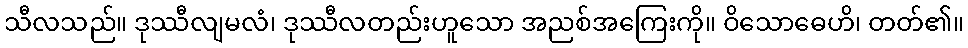
သီလသည်။ ဒုဿီလျမလံ၊ ဒုဿီလတည်းဟူသော အညစ်အကြေးကို။ ဝိသောဓေဟိ၊ တတ်၏။